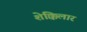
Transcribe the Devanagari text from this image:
शेक्किलार